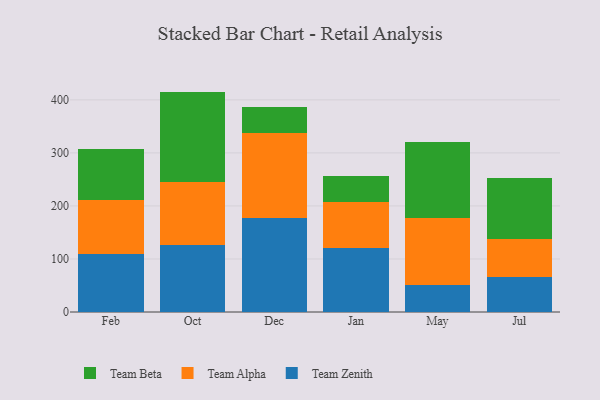
{"axis": {"x": "Month", "y": "Churn Rate (%)"}, "legend": ["Team Alpha", "Team Beta", "Team Zenith"], "data": [{"x": "Feb", "y": 109.7, "type": "Team Zenith"}, {"x": "Feb", "y": 102.3, "type": "Team Alpha"}, {"x": "Feb", "y": 95.0, "type": "Team Beta"}, {"x": "Oct", "y": 125.9, "type": "Team Zenith"}, {"x": "Oct", "y": 119.7, "type": "Team Alpha"}, {"x": "Oct", "y": 170.0, "type": "Team Beta"}, {"x": "Dec", "y": 177.9, "type": "Team Zenith"}, {"x": "Dec", "y": 159.6, "type": "Team Alpha"}, {"x": "Dec", "y": 49.9, "type": "Team Beta"}, {"x": "Jan", "y": 121.2, "type": "Team Zenith"}, {"x": "Jan", "y": 85.4, "type": "Team Alpha"}, {"x": "Jan", "y": 50.5, "type": "Team Beta"}, {"x": "May", "y": 50.7, "type": "Team Zenith"}, {"x": "May", "y": 125.7, "type": "Team Alpha"}, {"x": "May", "y": 143.8, "type": "Team Beta"}, {"x": "Jul", "y": 66.2, "type": "Team Zenith"}, {"x": "Jul", "y": 71.4, "type": "Team Alpha"}, {"x": "Jul", "y": 115.2, "type": "Team Beta"}]}